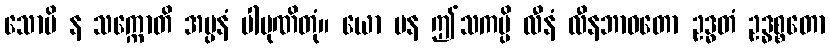
သောပိ န သက္ကောတိ အပ္ပနံ ပါပုဏိတုံ။ ယော ပန ဤသကမ္ပိ လီနံ လီနဘာဝတော ဥဒ္ဓတံ ဥဒ္ဓစ္စတော